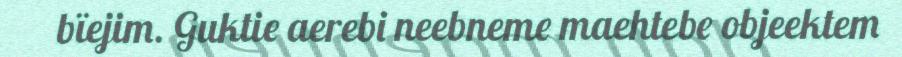
bïejim. Guktie aerebi neebneme maehtebe objeektem